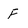
Character: F